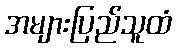
အများပြည်သူထံ